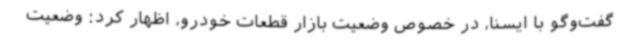
گفت‌وگو با ایسنا، در خصوص وضعیت بازار قطعات خودرو، اظهار کرد: وضعیت